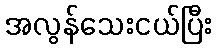
အလွန်သေးငယ်ပြီး